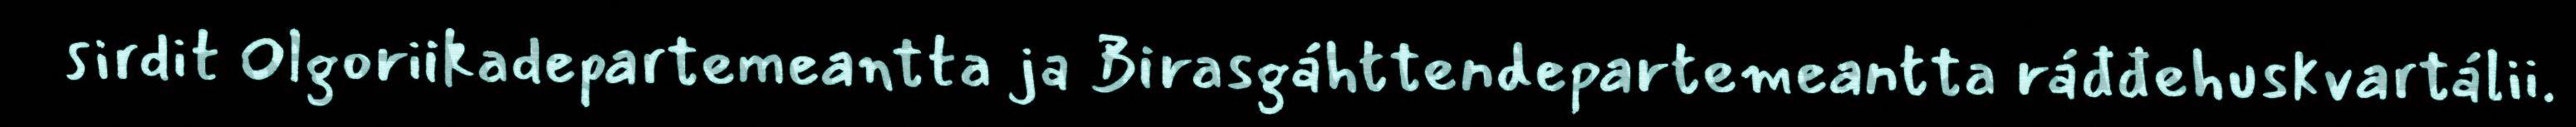
sirdit Olgoriikadepartemeantta ja Birasgáhttendepartemeantta ráđđehuskvartálii.